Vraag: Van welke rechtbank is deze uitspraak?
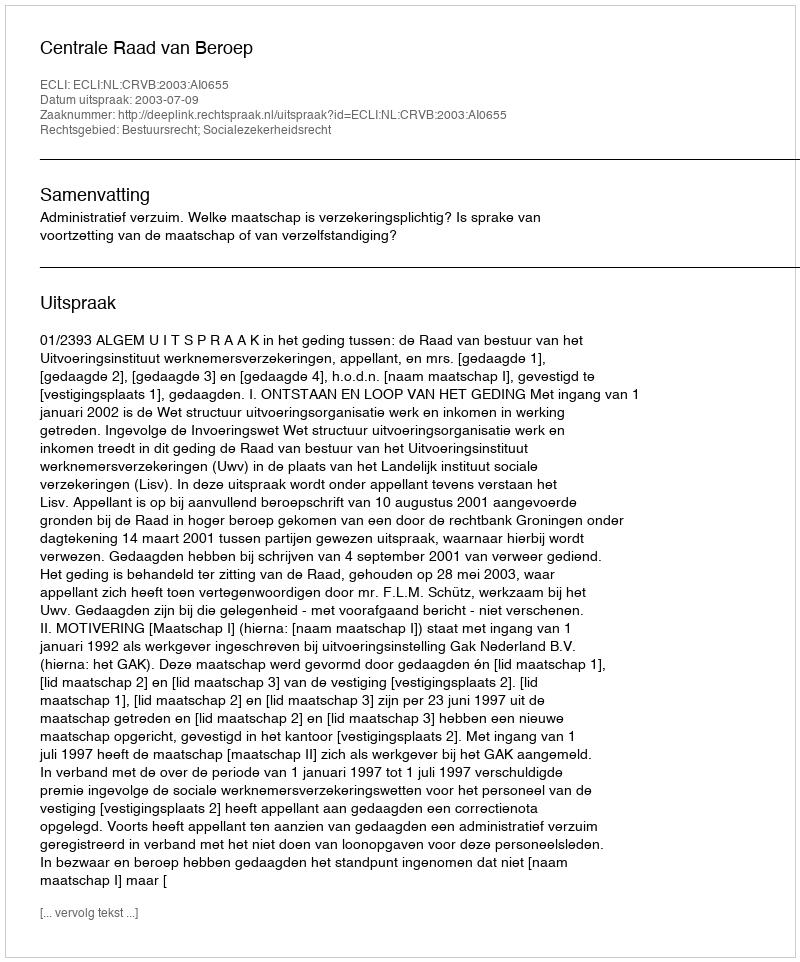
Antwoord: Centrale Raad van Beroep